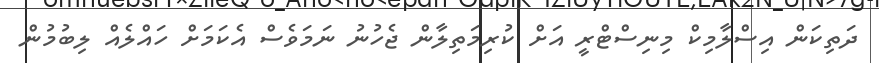
ދަތިކަން އިސްލާމިކް މިނިސްޓްރީ އަށް ކުރިމަތިލާން ޖެހުނު ނަމަވެސް އެކަމަށް ހައްލެއް ލިބުމުން